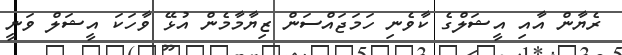
ރެޔާން އާއި އީޝަލްގެ ކާވެނި ހަމަޖައްސަން ޒިޔާމާމެން އުޅޭ ވާހަކަ އީޝަލް ވަނީ